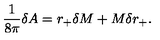
{ \frac { 1 } { 8 \pi } } \delta A = r _ { + } \delta M + M \delta r _ { + } .